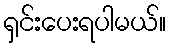
ရှင်းပေးရပါမယ်။